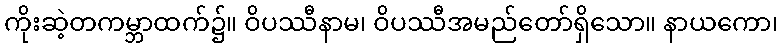
ကိုးဆဲ့တကမ္ဘာထက်၌။ ဝိပဿီနာမ၊ ဝိပဿီအမည်တော်ရှိသော။ နာယကော၊